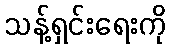
သန့်ရှင်းရေးကို